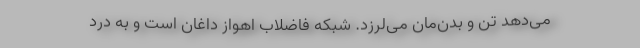
می‌دهد تن و بدن‌مان می‌لرزد. شبکه فاضلاب اهواز داغان است و به درد